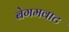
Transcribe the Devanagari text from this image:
बेगमवाट